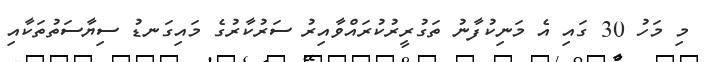
މި މަހު 30 ގައި އެ މަނިކުފާނު ތަގުރީރުކުރައްވާއިރު ސަރުކާރުގެ މައިގަނޑު ސިޔާސަތުތަކާއި